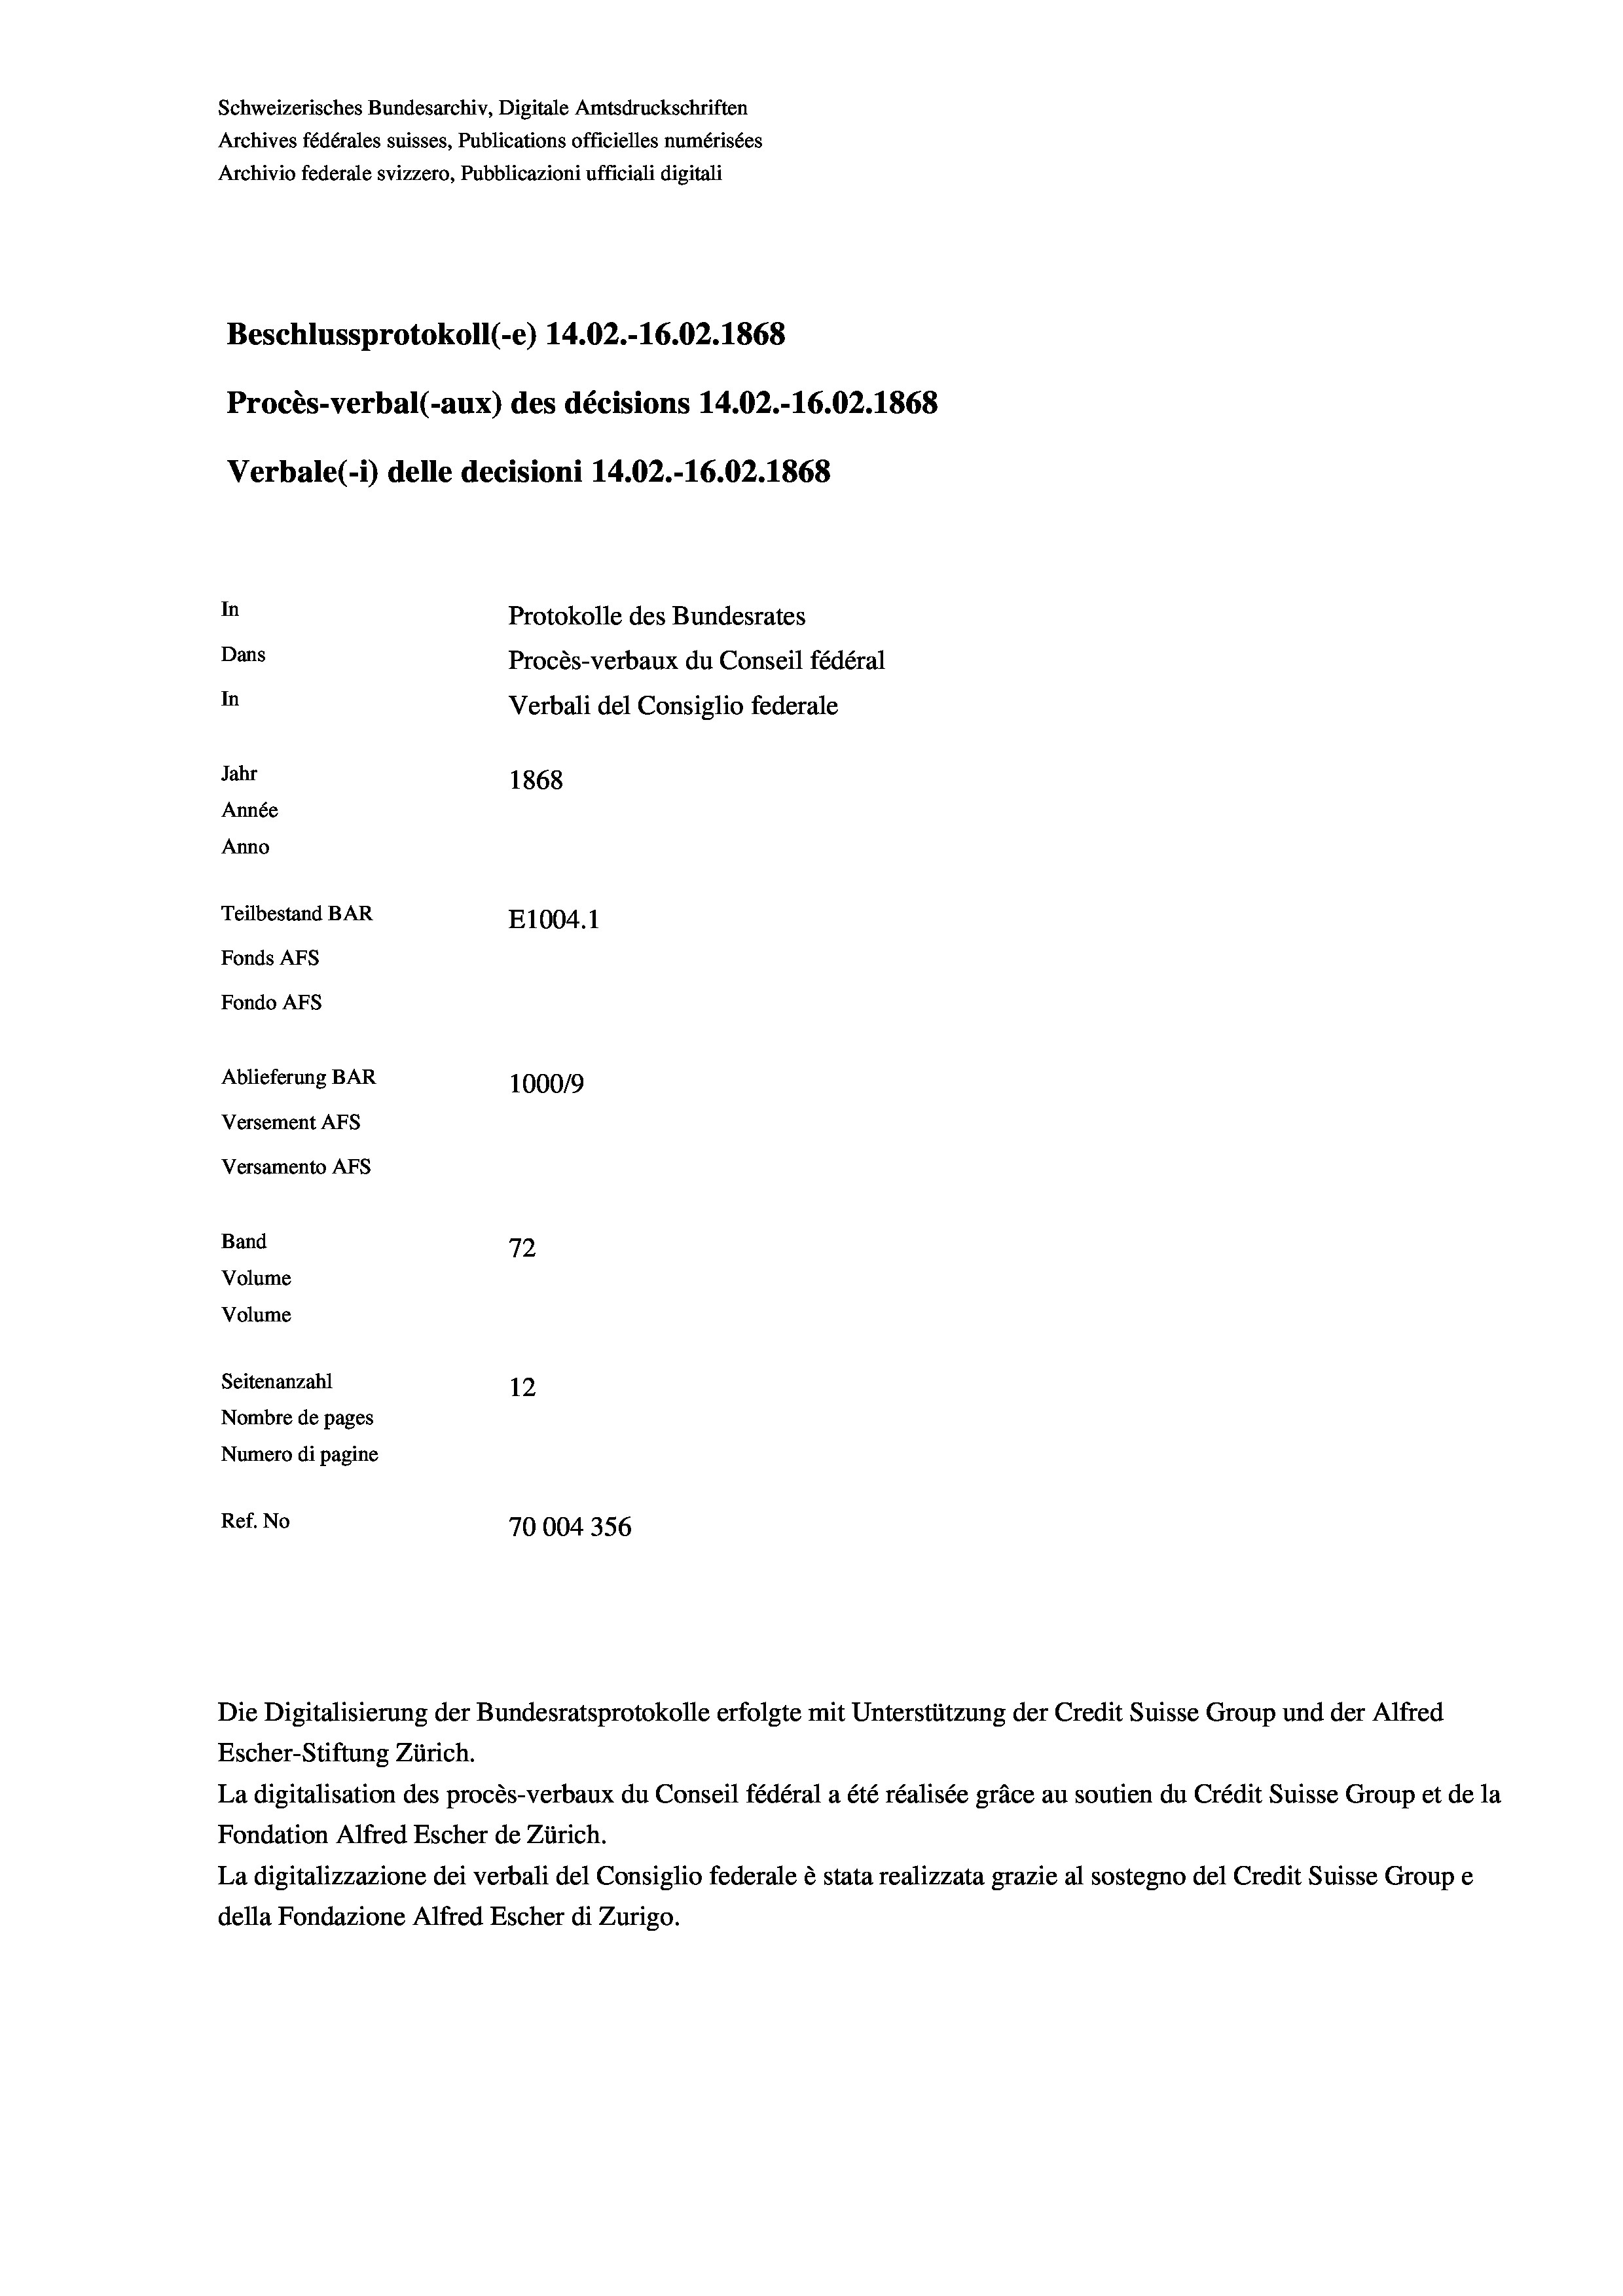
Schweizerisches Bundesarchiv, Digitale Amtsdruckschriften
Archives fédérales suisses, Publications officielles numérisées
Archivio federale svizzero, Pubblicazioni ufficiali digitali
Beschlussprotokoll (-e) 14.02.-16.02. 1868
Procès-verbal (-aux) des décisions 14.02.-16.02. 1868
Verbale(-*) delle decisioni 14.02.-16.02. 1868
In
Protokolle des Bundesrates
Dans
Procès-verbaux du Conseil fédéral
In
Verbali del Consiglio federale
Jahr
1868
Année
Anno
Teilbestand BAR
E1004. 1
Fonds AFs
Fondo Afs
Ablieferung BAR
100019
Versement AFs
Versamento AFs
e
Band
72
Volume
Volume
Seitenanzahl
12
Nombre de pages
Numero di pagine
Ref. No
70004356

Escher-Stiftung Zürich.
La digitalisation des procès-verbaux du Conseil fédéral a été réalisée gräce au soutien du Crédit Suisse Group et de la
Fondation Alfred Escher de Zürich.
La digitalizzazione dei verbali del Consiglio federale è stata realizzata grazie al sostegno del Credit Suisse Groupe
della Fondazione Alfred Escher di Zurigo.

Die Digitalisierung der Bundesratsprotokolle erfolgte mit Unterstützung der Credit Suisse Group und der Alfred